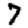
Digit: 7